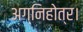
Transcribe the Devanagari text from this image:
अग्निहोत्र।